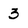
Character: 3